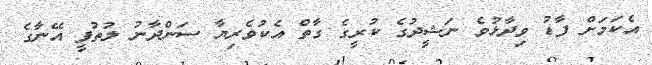
އެކަމަށް ފާޑު ވިދާޅުވެ ނަޝީދުގެ ކުރީގެ ގާތް އެކުވެރިޔާ ސަންދާނު ލުތުފީ އޭނާގެ